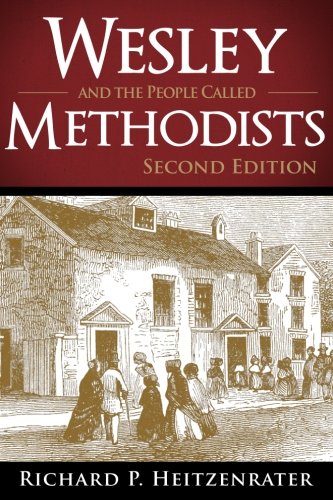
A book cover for Wesley and the People Called Methodists: Second Edition; Richard P. Heitzenrater; Christian Books & Bibles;